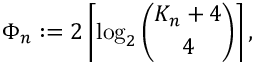
\Phi _ { n } : = 2 \left\lceil \log _ { 2 } \binom { K _ { n } + 4 } { 4 } \right\rceil ,